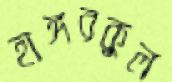
হাঙ্গরকুল